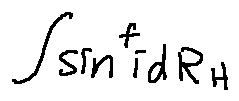
\int \sin ^ { f } i d R _ { H }